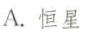
A.恒星